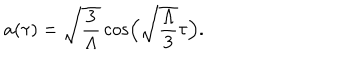
a ( \tau ) = \sqrt { \frac { 3 } { \Lambda } } \cos \Bigl ( \sqrt { \frac { \Lambda } { 3 } } \tau \Bigr ) .